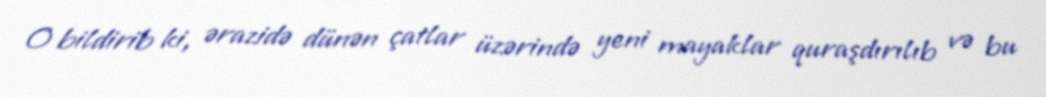
O bildirib ki, ərazidə dünən çatlar üzərində yeni mayaklar quraşdırılıb və bu